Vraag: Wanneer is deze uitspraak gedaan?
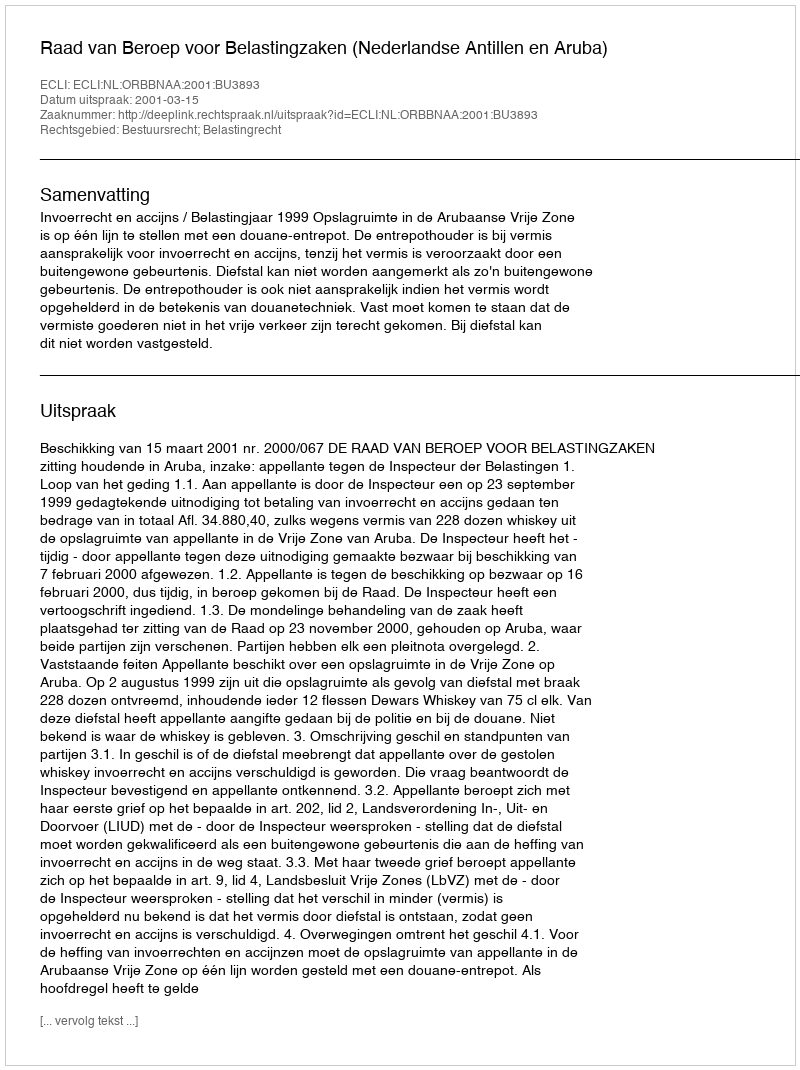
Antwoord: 2001-03-15